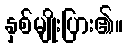
နှစ်မျိုးပြား၏။